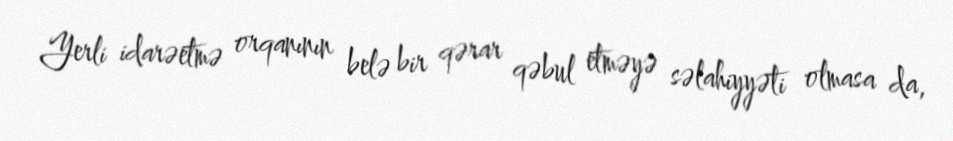
Yerli idarəetmə orqanının belə bir qərar qəbul etməyə səlahiyyəti olmasa da,